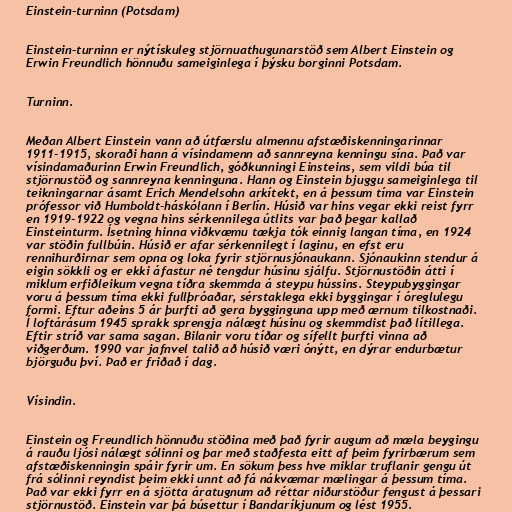
Einstein-turninn (Potsdam)

Einstein-turninn er nýtískuleg stjörnuathugunarstöð sem Albert Einstein og
Erwin Freundlich hönnuðu sameiginlega í þýsku borginni Potsdam.

Turninn.

Meðan Albert Einstein vann að útfærslu almennu afstæðiskenningarinnar
1911-1915, skoraði hann á vísindamenn að sannreyna kenningu sína. Það var
vísindamaðurinn Erwin Freundlich, góðkunningi Einsteins, sem vildi búa til
stjörnustöð og sannreyna kenninguna. Hann og Einstein bjuggu sameiginlega til
teikningarnar ásamt Erich Mendelsohn arkítekt, en á þessum tíma var Einstein
prófessor við Humboldt-háskólann í Berlín. Húsið var hins vegar ekki reist fyrr
en 1919-1922 og vegna hins sérkennilega útlits var það þegar kallað
Einsteinturm. Ísetning hinna viðkvæmu tækja tók einnig langan tíma, en 1924
var stöðin fullbúin. Húsið er afar sérkennilegt í laginu, en efst eru
rennihurðirnar sem opna og loka fyrir stjörnusjónaukann. Sjónaukinn stendur á
eigin sökkli og er ekki áfastur né tengdur húsinu sjálfu. Stjörnustöðin átti í
miklum erfiðleikum vegna tíðra skemmda á steypu hússins. Steypubyggingar
voru á þessum tíma ekki fullþróaðar, sérstaklega ekki byggingar í óreglulegu
formi. Eftur aðeins 5 ár þurfti að gera bygginguna upp með ærnum tilkostnaði.
Í loftárásum 1945 sprakk sprengja nálægt húsinu og skemmdist það lítillega.
Eftir stríð var sama sagan. Bilanir voru tíðar og sífellt þurfti vinna að
viðgerðum. 1990 var jafnvel talið að húsið væri ónýtt, en dýrar endurbætur
björguðu því. Það er friðað í dag.

Vísindin.

Einstein og Freundlich hönnuðu stöðina með það fyrir augum að mæla beygingu
á rauðu ljósi nálægt sólinni og þar með staðfesta eitt af þeim fyrirbærum sem
afstæðiskenningin spáir fyrir um. En sökum þess hve miklar truflanir gengu út
frá sólinni reyndist þeim ekki unnt að fá nákvæmar mælingar á þessum tíma.
Það var ekki fyrr en á sjötta áratugnum að réttar niðurstöður fengust á þessari
stjörnustöð. Einstein var þá búsettur í Bandaríkjunum og lést 1955.